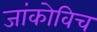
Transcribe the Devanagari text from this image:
जांकोविच